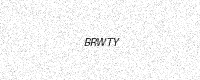
Text: BRWTY